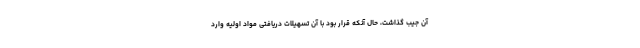
آن جیب گذاشت، حال آنکه قرار بود با آن تسهیلات دریافتی مواد اولیه وارد